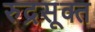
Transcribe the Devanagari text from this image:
रुद्रसूक्त